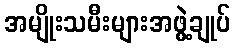
အမျိုးသမီးများအဖွဲ့ချုပ်